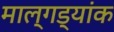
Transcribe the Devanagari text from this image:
माल्गड्यांक